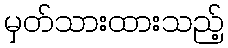
မှတ်သားထားသည့်